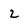
Character: 2